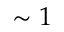
\sim 1